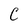
Character: C